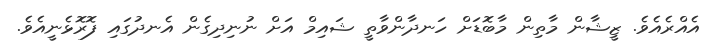
އެއްރެއެވެ. ޒީޝާން މާތިން މާބޮޑަށް ހަނދާންވާތީ ޝައިމް އަށް ނުނިދިގެން އެނދުގައި ފޮރޮޅެނީއެވެ.